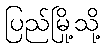
ပြည်မြို့သို့